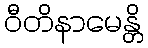
ဝီတိနာမေန္တိ